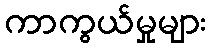
ကာကွယ်မှုများ